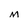
Character: M